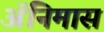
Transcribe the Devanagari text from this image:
ॲनिमास